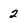
Character: 2